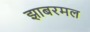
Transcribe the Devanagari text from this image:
झाबरमल